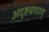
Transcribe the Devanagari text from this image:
अदृष्टवशात्‌